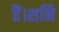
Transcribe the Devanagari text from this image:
हैं।शनि